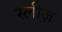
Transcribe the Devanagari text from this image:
स्लीज़